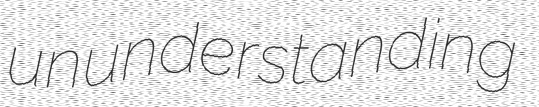
ununderstanding